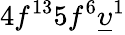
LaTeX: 4f^{13}5f^{6}\underline{{\upsilon}}^{1}